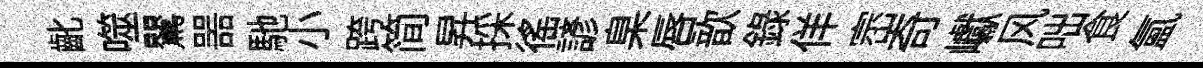
齔噬鸎噐馳小跨简昇採徭諺臬唇歆錄佯崈奇巘风咄食氳